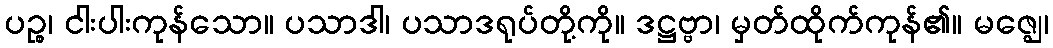
ပဉ္စ၊ ငါးပါးကုန်သော။ ပသာဒါ၊ ပသာဒရုပ်တို့ကို။ ဒဋ္ဌဗ္ဗာ၊ မှတ်ထိုက်ကုန်၏။ မဇ္ဈေ၊